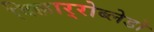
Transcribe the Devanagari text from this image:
विल्लार्‍रोब्लेडो